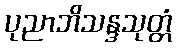
ပုညာဘိသန္ဒသုတ္တံ